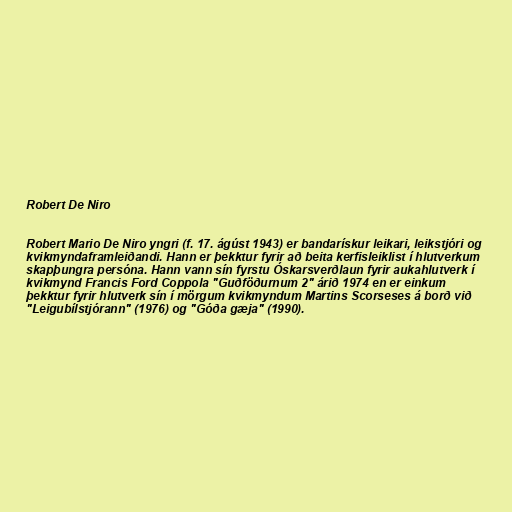
Robert De Niro

Robert Mario De Niro yngri (f. 17. ágúst 1943) er bandarískur leikari, leikstjóri og
kvikmyndaframleiðandi. Hann er þekktur fyrir að beita kerfisleiklist í hlutverkum
skapþungra persóna. Hann vann sín fyrstu Óskarsverðlaun fyrir aukahlutverk í
kvikmynd Francis Ford Coppola "Guðföðurnum 2" árið 1974 en er einkum
þekktur fyrir hlutverk sín í mörgum kvikmyndum Martins Scorseses á borð við
"Leigubílstjórann" (1976) og "Góða gæja" (1990).